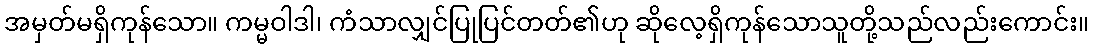
အမှတ်မရှိကုန်သော။ ကမ္မဝါဒါ၊ ကံသာလျှင်ပြုပြင်တတ်၏ဟု ဆိုလေ့ရှိကုန်သောသူတို့သည်လည်းကောင်း။